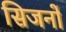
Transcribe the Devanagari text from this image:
सिजनों